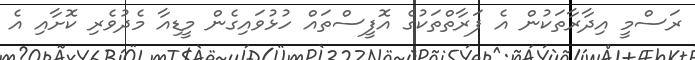
ރަސްމީ އިދާރާތަކުން އެ ފަރާތްތަކުގެ އޮފީސްތައް ހުޅުވައިގެން މީޑިއާ މެދުވެރި ކޮށާއި އެ